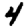
Digit: 4